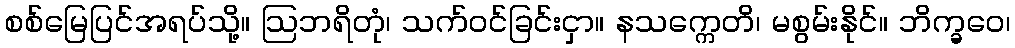
စစ်မြေပြင်အရပ်သို့။ ဩဘရိတုံ၊ သက်ဝင်ခြင်းငှာ။ နသက္ကေတိ၊ မစွမ်းနိုင်။ ဘိက္ခဝေ၊